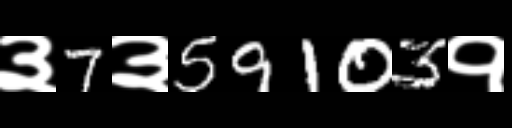
Text: ३7३59103१